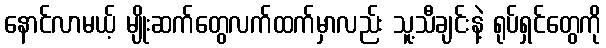
နောင်လာမယ့် မျိုးဆက်တွေလက်ထက်မှာလည်း သူ့သီချင်းနဲ့ ရုပ်ရှင်တွေကို